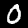
Digit: 0